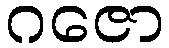
ဂဇော